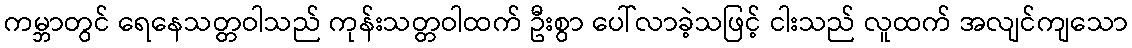
ကမ္ဘာတွင် ရေနေသတ္တဝါသည် ကုန်းသတ္တဝါထက် ဦးစွာ ပေါ်လာခဲ့သဖြင့် ငါးသည် လူထက် အလျင်ကျသော